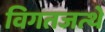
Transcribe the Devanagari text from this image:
विगतजत्थे